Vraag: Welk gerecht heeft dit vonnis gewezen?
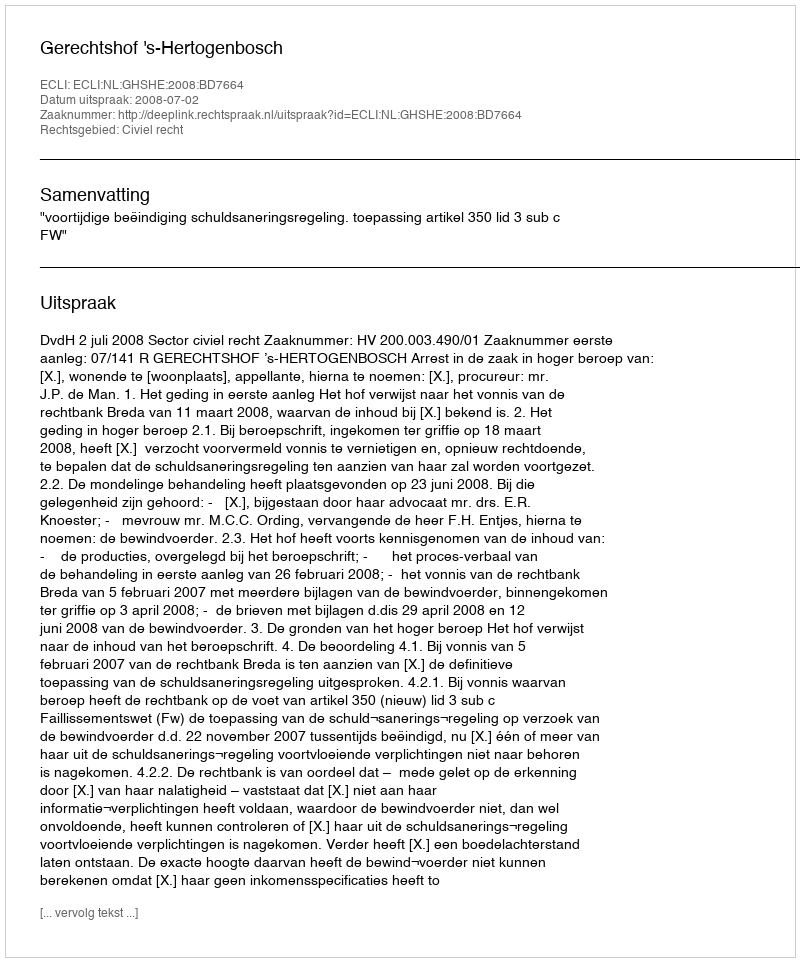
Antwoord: Gerechtshof 's-Hertogenbosch